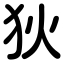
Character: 狄